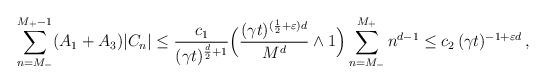
LaTeX: \begin{align*}\sum_{n=M_-}^{M_+-1}(A_1+A_3)|C_n|&\leq \frac{c_1}{(\gamma t)^{\frac d2+1}}\Big(\frac{(\gamma t)^{(\frac12+\varepsilon)d}}{M^d}\wedge 1\Big)\sum_{n=M_-}^{M_+}n^{d-1}\leq c_2\,(\gamma t)^{-1+\varepsilon d}\,,\end{align*}